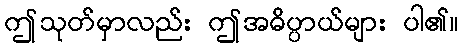
ဤသုတ်မှာလည်း ဤအဓိပ္ပာယ်များ ပါ၏။